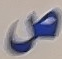
ص